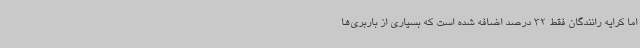
اما کرایه رانندگان فقط 32 درصد اضافه شده است که بسیاری از باربری‌ها